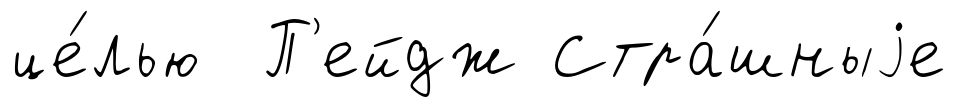
це́лью П'ейдж Стра́шныjе